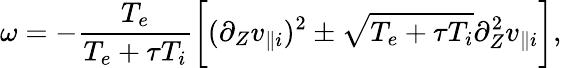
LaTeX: \omega=-\frac{T_{e}}{T_{e}+\tau T_{i}}\bigg[(\partial_{Z}v_{\parallel i})^{2}\pm\sqrt{T_{e}+\tau T_{i}}\partial_{Z}^{2}v_{\parallel i}\bigg],